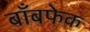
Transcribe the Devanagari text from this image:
बाँबफेक